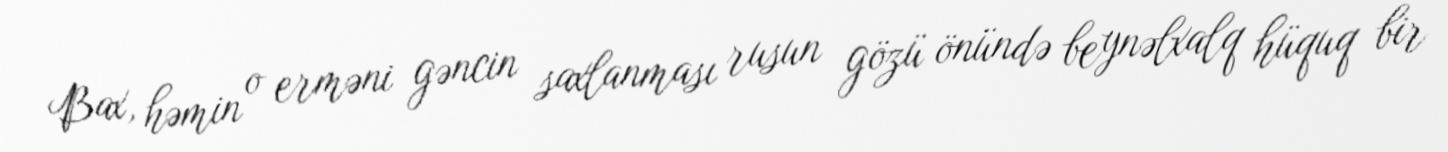
Bax, həmin o erməni gəncin saxlanması rusun gözü önündə beynəlxalq hüquq bir